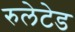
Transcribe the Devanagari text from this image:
रुलेटेड